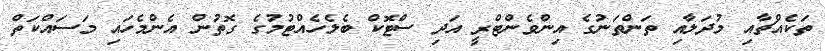
ތަކެއްޗާއި މުދަލާއި ތަންތަނުގެ އިންވެންޓްރީ އަދި ސްޓޮކް ބެލެހެއްޓުމުގެ ގޮތުން އެންމެހައި މަސައްކަތް